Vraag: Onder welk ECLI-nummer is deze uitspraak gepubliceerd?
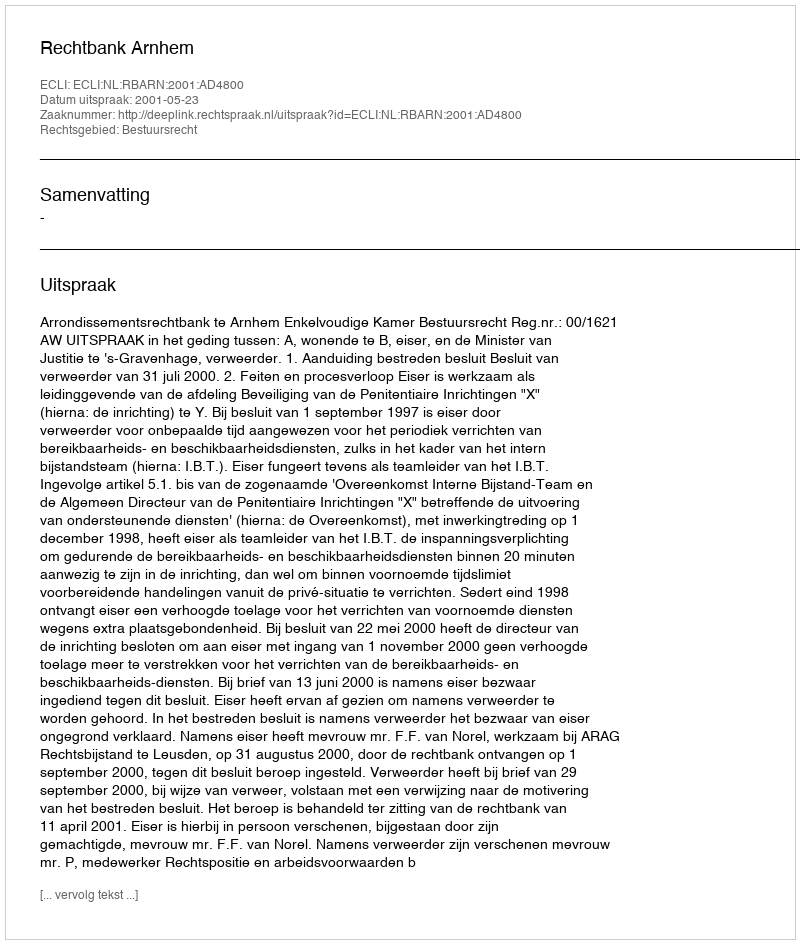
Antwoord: ECLI:NL:RBARN:2001:AD4800